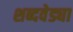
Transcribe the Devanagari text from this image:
शब्दवेड्या